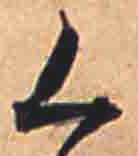
く